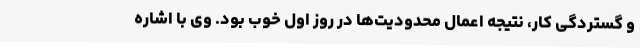
و گستردگی کار، نتیجه اعمال محدودیت‌ها در روز اول خوب بود. وی با اشاره